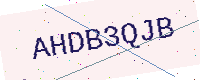
Text: AHDB3QJB